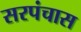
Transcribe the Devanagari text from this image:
सरपंचास